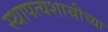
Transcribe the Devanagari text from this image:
स्थापत्यशास्रीच्या